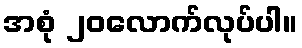
အစုံ ၂၀လောက်လုပ်ပါ။